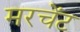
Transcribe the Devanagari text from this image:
मरचेंट